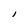
Character: l